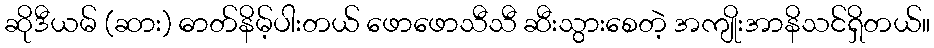
ဆိုဒီယမ် (ဆား) ဓာတ်နိမ့်ပါးတယ် ဖောဖောသီသီ ဆီးသွားစေတဲ့ အကျိုးအာနိသင်ရှိတယ်။